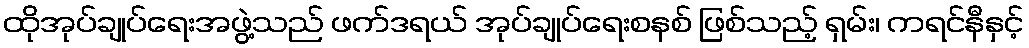
ထိုအုပ်ချုပ်ရေးအဖွဲ့သည် ဖက်ဒရယ် အုပ်ချုပ်ရေးစနစ် ဖြစ်သည့် ရှမ်း၊ ကရင်နီနှင့်